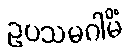
ဥပသမဂါမိံ